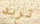
تريد